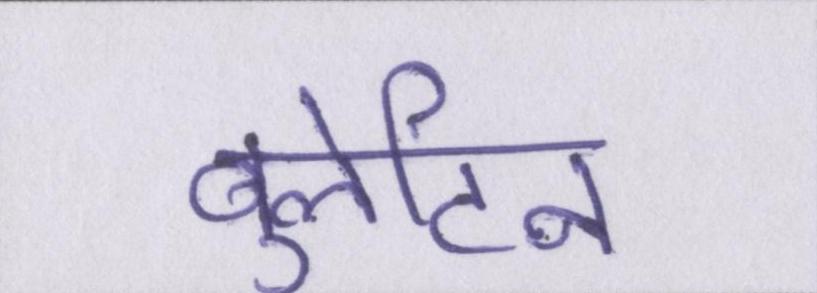
बुलेटिन